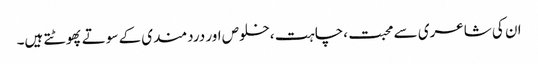
ان کی شاعری سے محبت ،چاہت ،خلوص اور دردمندی کے سوتے پھوٹتے ہیں۔